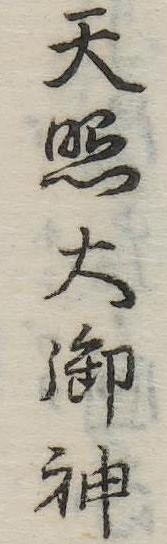
天照大御神